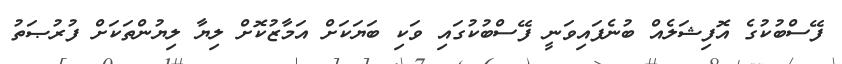
ފޭސްބުކުގެ އޮފިޝަލެއް ބުނެފައިވަނީ ފޭސްބުކުގައި ވަކި ބަޔަކަށް އަމާޒުކޮށް ލިޔާ ލިޔުންތަކަށް ފުރުޞަތު